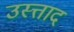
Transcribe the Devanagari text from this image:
उस्त्ताद